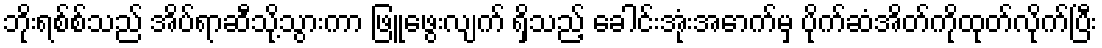
ဘိုးရစ်စ်သည် အိပ်ရာဆီသို့သွားကာ ဖြူဖွေးလျက် ရှိသည့် ခေါင်းအုံးအောက်မှ ပိုက်ဆံအိတ်ကိုထုတ်လိုက်ပြီး